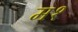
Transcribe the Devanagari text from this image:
म१